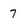
Character: 7